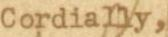
Cordially,